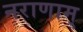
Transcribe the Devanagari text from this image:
नराणाम्